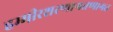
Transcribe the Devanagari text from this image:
हम्मीरशरणागतणागत